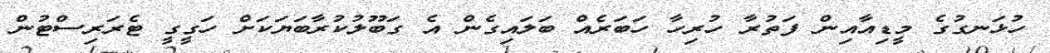
ހުޅަނގުގެ މީޑިއާއިން ފަތުރާ ހުރިހާ ހަބަރެއް ބަލައިގެން އެ ގަބޫލުކުރާބަޔަކަށް ހަގީގީ ޓެރަރިސްޓުން